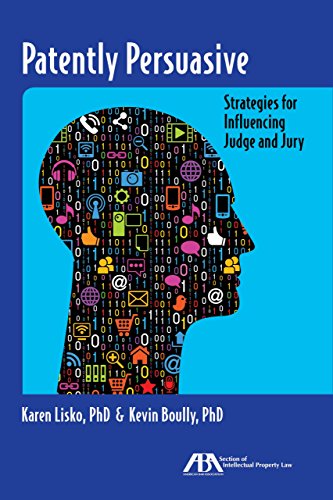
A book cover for Patently Persuasive: Strategies for Influencing Judge and Jury; Karen, Lisko; Law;